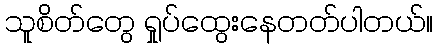
သူစိတ်တွေ ရှုပ်ထွေးနေတတ်ပါတယ်။